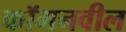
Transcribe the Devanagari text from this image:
कॉमनवील